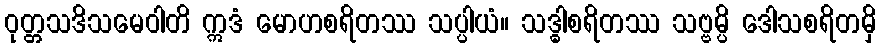
ဝုတ္တသဒိသမေဝါတိ ဣဒံ မောဟစရိတဿ သပ္ပါယံ။ သဒ္ဓါစရိတဿ သဗ္ဗမ္ပိ ဒေါသစရိတမှိ